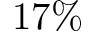
1 7 \%